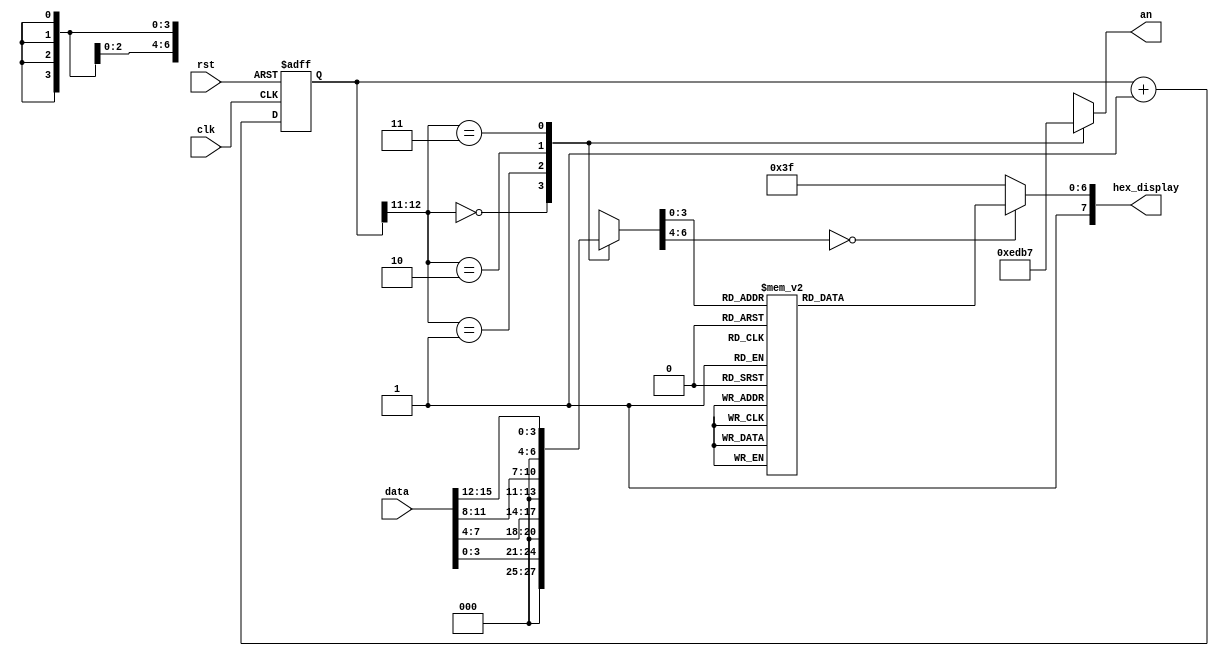
module display_7_seg (
		      input 	   clk,
		      input 	   rst,
		      input [15:0] data,
		      output [7:0] hex_display,
		      output [3:0] an
		      );

   
   localparam N = 18;
   
   reg [N-1:0] 		     count; //the 18 bit counter which allows us to multiplex at 1000Hz
   
   always @ (posedge clk or posedge rst)
     begin
	if (rst)
	  count <= 0;
	else
	  count <= count + 1;
     end
   
   reg [6:0]sseg; //the 7 bit register to hold the data to output
   reg [3:0] an_temp; //register for the 4 bit enable
   
   always @ (*)
     begin
	case(count[N-6:N-7]) //using only the 2 MSB's of the counter 
	  
	  2'b00 :  //When the 2 MSB's are 00 enable the fourth display
	    begin
	       sseg = data[3:0];
	       an_temp = 4'b1110;
	    end
	  
	  2'b01:  //When the 2 MSB's are 01 enable the third display
	    begin
	       sseg = data[7:4];
	       an_temp = 4'b1101;
	    end
	  
	  2'b10:  //When the 2 MSB's are 10 enable the second display
	    begin
	       sseg = data[11:8];
	       an_temp = 4'b1011;
	    end
	  
	  2'b11:  //When the 2 MSB's are 11 enable the first display
	    begin
	       sseg = data[15:12];
	       an_temp = 4'b0111;
	    end
	endcase
     end
   assign an = an_temp;
   
   
   reg [6:0] sseg_temp; // 7 bit register to hold the binary value of each input given
   
   always @ (*)
		      begin
			 case(sseg)
			   4'd0 : sseg_temp = 7'b1000000; //to display 0
			   4'd1 : sseg_temp = 7'b1111001; //to display 1
			   4'd2 : sseg_temp = 7'b0100100; //to display 2
			   4'd3 : sseg_temp = 7'b0110000; //to display 3
			   4'd4 : sseg_temp = 7'b0011001; //to display 4
			   4'd5 : sseg_temp = 7'b0010010; //to display 5
			   4'd6 : sseg_temp = 7'b0000010; //to display 6
			   4'd7 : sseg_temp = 7'b1111000; //to display 7
			   4'd8 : sseg_temp = 7'b0000000; //to display 8
			   4'd9 : sseg_temp = 7'b0010000; //to display 9
			   4'ha: sseg_temp = 7'b0001000;//11101110;
			   4'hb: sseg_temp = 7'b0000011;//00111110;
			   4'hc: sseg_temp = 7'b1000110;//10011100;
			   4'hd: sseg_temp = 7'b0100001;//01111010;
			   4'he: sseg_temp = 7'b0000110;//10011110;
			   4'hf: sseg_temp = 7'b0001110;//10001110;
			   default : sseg_temp = 7'b0111111; //dash
			 endcase
		      end
   assign hex_display = {1'b1,sseg_temp}; //concatenate the outputs to the register, this is just a more neat way of doing this.
   // I could have done in the case statement: 4'd0 : {g, f, e, d, c, b, a} = 7'b1000000; 
   // its the same thing.. write however you like it
   
  
   
endmodule